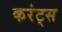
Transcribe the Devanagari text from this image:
करंट्स